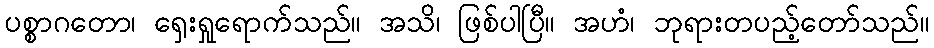
ပစ္စာဂတော၊ ရှေးရှုရောက်သည်။ အသိ၊ ဖြစ်ပါပြီ။ အဟံ၊ ဘုရားတပည့်တော်သည်။